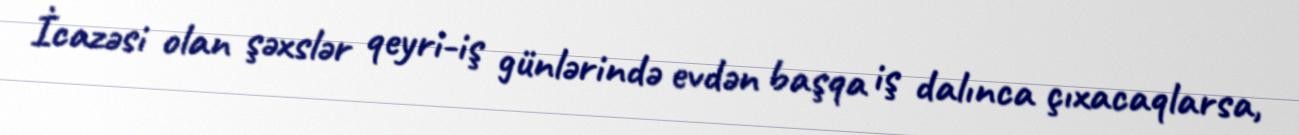
İcazəsi olan şəxslər qeyri-iş günlərində evdən başqa iş dalınca çıxacaqlarsa,